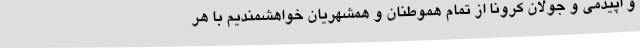
و اپیدمی و جولان کرونا از تمام هموطنان و همشهریان خواهشمندیم با هر